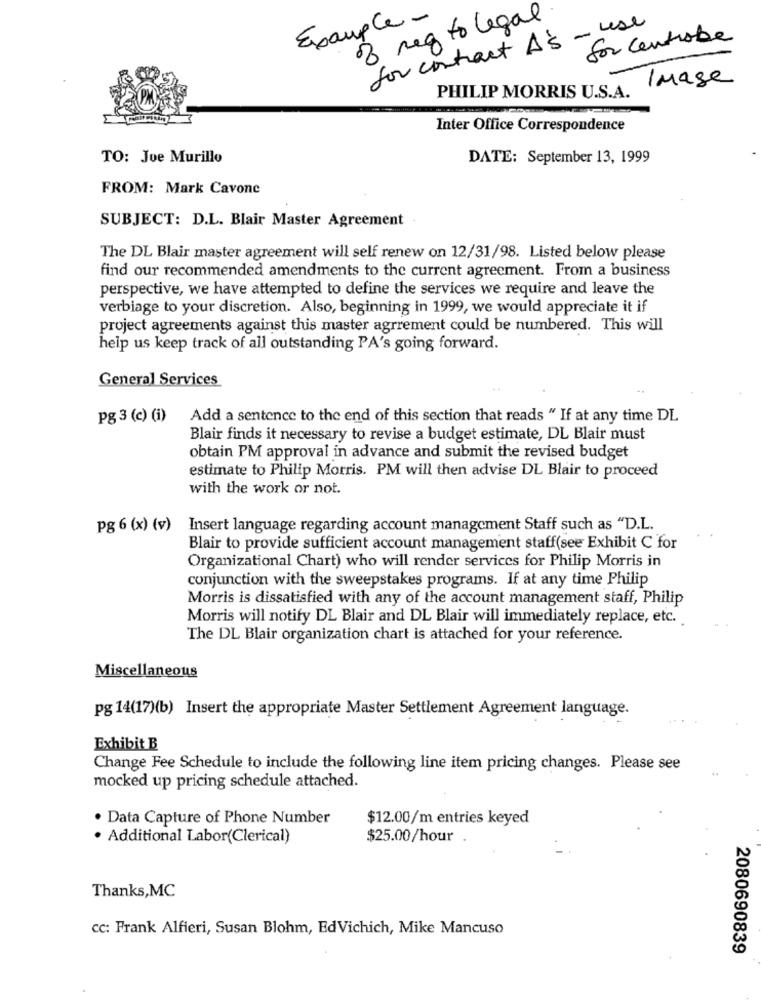
8 reg to legal
Example.
- Lese
for centrobe
for contract A's
Image
PHILIP MORRIS U.S.A.
Inter Office Correspondence
TO: Joe Murillo
DATE: September 13, 1999
FROM: Mark Cavone
SUBJECT: D.L. Blair Master Agreement
The DL Blair master agreement will self renew on 12/31/98. Listed below please
find our recommended amendments to the current agreement. From a business
perspective, we have attempted to define the services we require and leave the
verbiage to your discretion. Also, beginning in 1999, we would appreciate it if
project agreements against this master agrrement could be numbered. This will
help us keep track of all outstanding PA's going forward.
General Services
pg 3 (c) (i)
Add a sentence to the end of this section that reads " If at any time DL
Blair finds it necessary to revise a budget estimate, DL Blair must
obtain PM approval in advance and submit the revised budget
estimate to Philip Morris. PM will then advise DL Blair to proceed
with the work or not.
pg 6 (x) (v) Insert language regarding account management Staff such as "D.L.
Blair to provide sufficient account management staff(see Exhibit C for
Organizational Chart) who will render services for Philip Morris in
conjunction with the sweepstakes programs. If at any time Philip
Morris is dissatisfied with any of the account management staff, Philip
Morris will notify DL Blair and DL Blair will immediately replace, etc.
The DL Blair organization chart is attached for your reference.
Miscellaneous
pg 14(17)(b) Insert the appropriate Master Settlement Agreement language.
Exhibit B
Change Fee Schedule to include the following line item pricing changes. Please see
mocked up pricing schedule attached.
· Data Capture of Phone Number
$12.00/m entries keyed
· Additional Labor(Clerical)
$25.00/hour
Thanks, MC
cc: Frank Alfieri, Susan Blohm, EdVichich, Mike Mancuso
2080690839